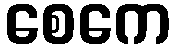
စေကေ